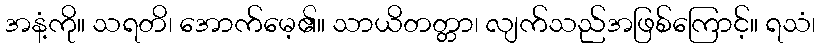
အနံ့ကို။ သရတိ၊ အောက်မေ့၏။ သာယိတတ္တာ၊ လျက်သည်အဖြစ်ကြောင့်။ ရသံ၊